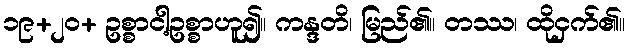
၁၉+၂၀+ ဥစ္စာငါ့ဥစ္စာဟူ၍။ ကန္ဒတိ၊ မြည်၏။ တဿ၊ ထိုငှက်၏။